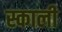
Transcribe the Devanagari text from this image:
स्काली